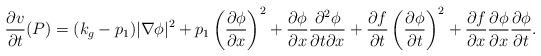
LaTeX: \begin{align*}\frac{\partial v}{\partial t}(P)=(k_g-p_1)|\nabla \phi|^2+p_1\left(\frac{\partial \phi}{\partial x}\right)^2+\frac{\partial\phi }{\partial x}\frac{\partial^2\phi}{\partial t\partial x}+\frac{\partial f}{\partial t}\left(\frac{\partial \phi}{\partial t}\right)^2+\frac{\partial f}{\partial x}\frac{\partial \phi}{\partial x}\frac{\partial \phi}{\partial t}.\end{align*}